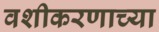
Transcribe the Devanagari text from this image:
वशीकरणाच्या